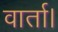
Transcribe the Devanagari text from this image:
वार्ता।